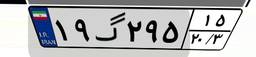
۶۲گ۰۸۱۵۴